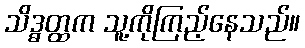
သိဒ္ဓတ္ထက သူ့ကိုကြည့်နေသည်။